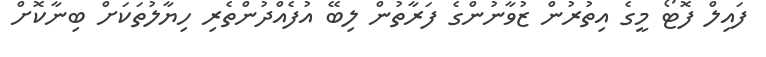
ފައިލް ފޮޓޯ މީގެ އިތުރުން ޒުވާނުންގެ ފަރާތުން ލިބޭ އުފެއްދުންތެރި ހިޔާލުތަކަށް ބިނާކޮށް